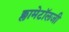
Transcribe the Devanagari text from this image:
क्लामेटॉलजी